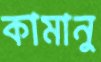
কামানু